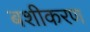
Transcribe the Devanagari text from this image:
बशीकरण